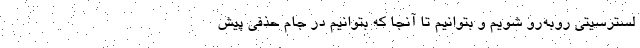
لسترسیتی روبه‌رو شویم و بتوانیم تا آنجا که بتوانیم در جام حذفی پیش